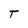
Character: T